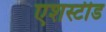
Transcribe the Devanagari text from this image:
एशस्टीड